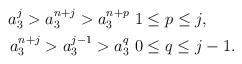
LaTeX: \begin{align*} a^j_3 > a^{n+j}_3 > a^{n+p}_3 & \ 1 \leq p \leq j, \\ a^{n+j}_3 > a^{j-1}_3 > a^q_3 & \ 0 \leq q \leq j-1. \end{align*}